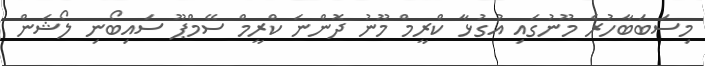
މިސަބަބާހުރެ މޫނުގައި އުގުޅާ ކްރީމް މޫނު ދޮންނަ ކްރީމް ސޭމްޕޫ ސައިބޯނި ލޯޝަން